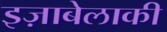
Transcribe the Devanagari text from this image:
इज़ाबेलाकी